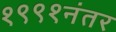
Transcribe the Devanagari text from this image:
१९९१नंतर